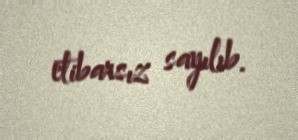
etibarsız sayılıb.